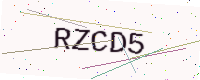
Text: RZCD5